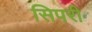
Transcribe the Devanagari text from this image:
सिपरी